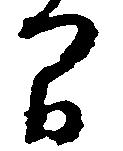
間